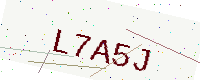
Text: L7A5J